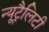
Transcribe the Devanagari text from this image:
न्यूट्रैलिटी